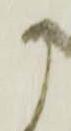
か